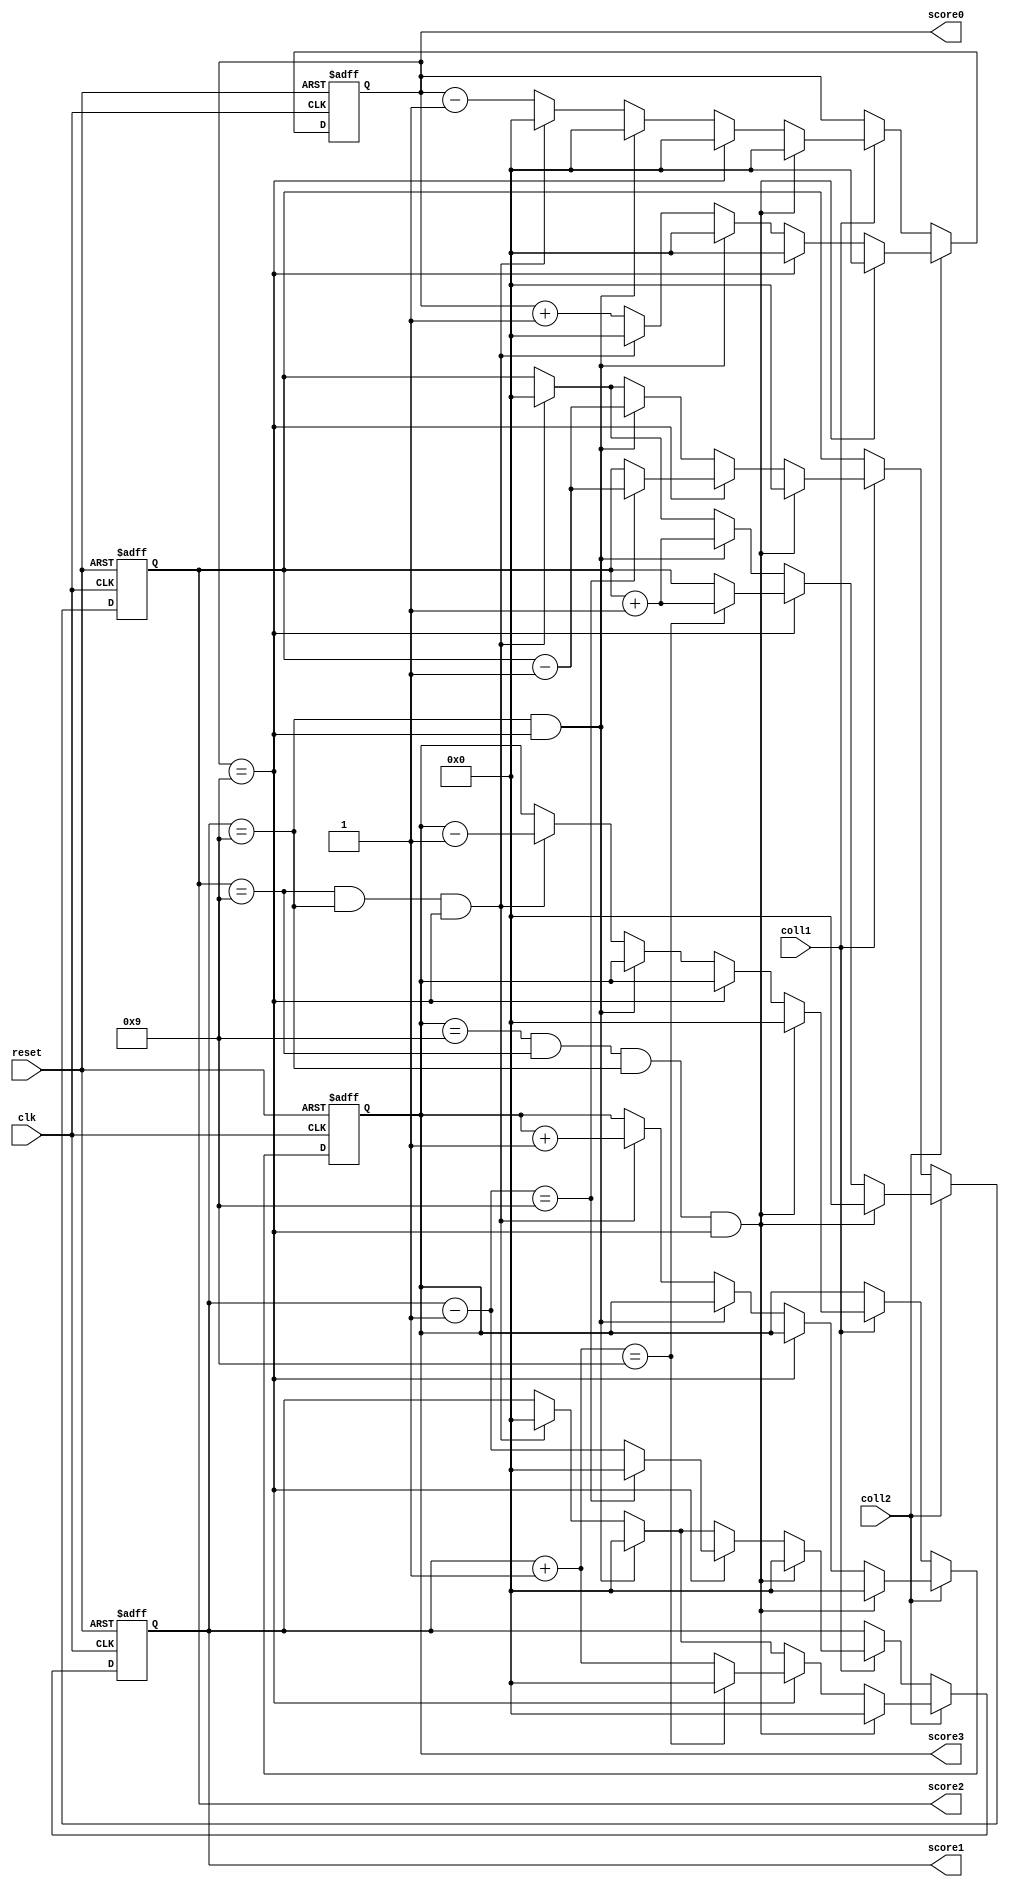
module count_score(clk, coll1,coll2, reset, score0, score1, score2, score3);
input		coll1,coll2, reset, clk;
output 	[3:0]score0, score1, score2, score3;
reg		[3:0]score0, score1, score2, score3;

always@ (posedge clk or posedge reset)begin
	if(reset) begin
		score0 = 4'b0000;  //000
		score1 = 4'b0000;  //000
		score2 = 4'b0000;  //000
		score3 = 4'b0000;  //000
	end
	//+1
	else if(coll2 == 1'b1) begin
		if (score3 == 4'b1001 && score2 == 4'b1001 && score1 == 4'b1001 && score0 == 4'b1001)begin  
			score0 = 4'b0000;  //000
			score1 = 4'b0000;  //000
			score2 = 4'b0000;  //000
			score3 = 4'b0000;  //000
		end
		else if(score0 == 4'b1001) begin
			score0 = 4'b0000;
			score1 = score1 + 4'b0001;
			if(score1 == 4'b1001 ) begin
				score0 = 4'b0000;
				score1 = 4'b0000;
				score2 = score2 + 4'b0001;
			end
		end
		else if(score1 == 4'b1001 && score0 == 4'b1001) begin
			score0 = 4'b0000;
			score1 = 4'b0000;
			score2 = score2 + 4'b0001;
		end
		else if(score2 == 4'b1001 && score1 == 4'b1001 && score0 == 4'b1001) begin
			score0 = 4'b0000;
			score1 = 4'b0000;
			score2 = 4'b0000;
			score3 = score3 + 4'b0001;
		end
		else
			score0 = score0 + 4'b0001;
	end
//-1
	else if(coll1 == 1'b1) begin
		if (score3 == 4'b1001 && score2 == 4'b1001 && score1 == 4'b1001 && score0 == 4'b1001)begin  
			score0 = 4'b0000;  //000
			score1 = 4'b0000;  //000
			score2 = 4'b0000;  //000
			score3 = 4'b0000;  //000
		end
		else if(score0 == 4'b1001) begin
			score0 = 4'b0000;
			score1 = score1 - 4'b0001;
			if(score1 == 4'b1001 ) begin
				score0 = 4'b0000;
				score1 = 4'b0000;
				score2 = score2 - 4'b0001;
			end
		end
		else if(score1 == 4'b1001 && score0 == 4'b1001) begin
			score0 = 4'b0000;
			score1 = 4'b0000;
			score2 = score2 - 4'b0001;
		end
		else if(score2 == 4'b1001 && score1 == 4'b1001 && score0 == 4'b1001) begin
			score0 = 4'b0000;
			score1 = 4'b0000;
			score2 = 4'b0000;
			score3 = score3 - 4'b0001;
		end
		else
			score0 = score0 -  4'b0001;
	end
end
endmodule